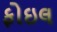
ફોઇલ